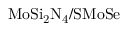
\mathrm { M o S i _ { 2 } N _ { 4 } / S M o S e }